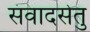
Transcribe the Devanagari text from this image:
संवादसेतु